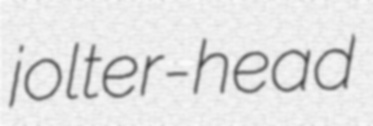
jolter-head